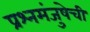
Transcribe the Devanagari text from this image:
प्रश्नमंजुषेची